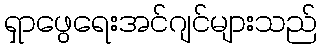
ရှာဖွေရေးအင်ဂျင်များသည်